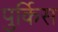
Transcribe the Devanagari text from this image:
पुर्किस